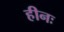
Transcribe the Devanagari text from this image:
हीनः